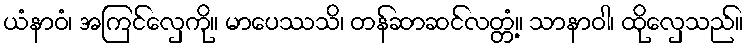
ယံနာဝံ၊ အကြင်လှေကို။ မာပေဿသိ၊ တန်ဆာဆင်လတ္တံ့။ သာနာဝါ၊ ထိုလှေသည်။